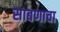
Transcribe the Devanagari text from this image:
साबणाचा